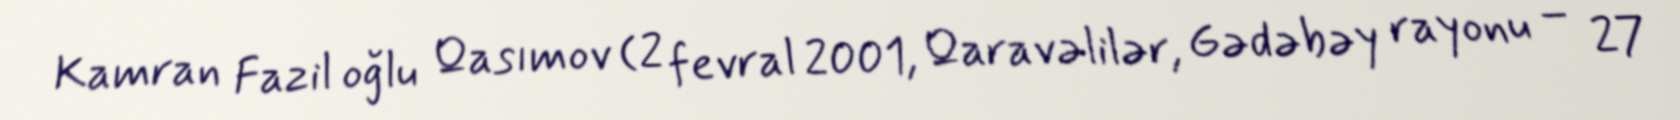
Kamran Fazil oğlu Qasımov (2 fevral 2001, Qaravəlilər, Gədəbəy rayonu – 27